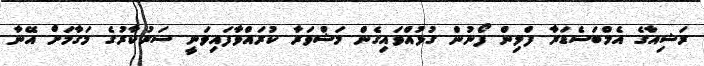
ރަޝިއާގެ އެމްބަސެޑަރާ ފްލިން ފޯނުން ގުޅުއްވައިގެން މަޝްވަރާ ކުރައްވާފައިވަނީ ސަރުކާރުގެ މަގާމަށް އޭނާ